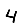
Digit: 4